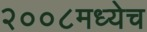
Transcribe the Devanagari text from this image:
२००८मध्येच